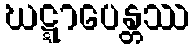
ဃဋ္ဋာပေန္တဿ